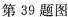
第39题图